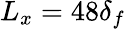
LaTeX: L_{x}=48\delta_{f}